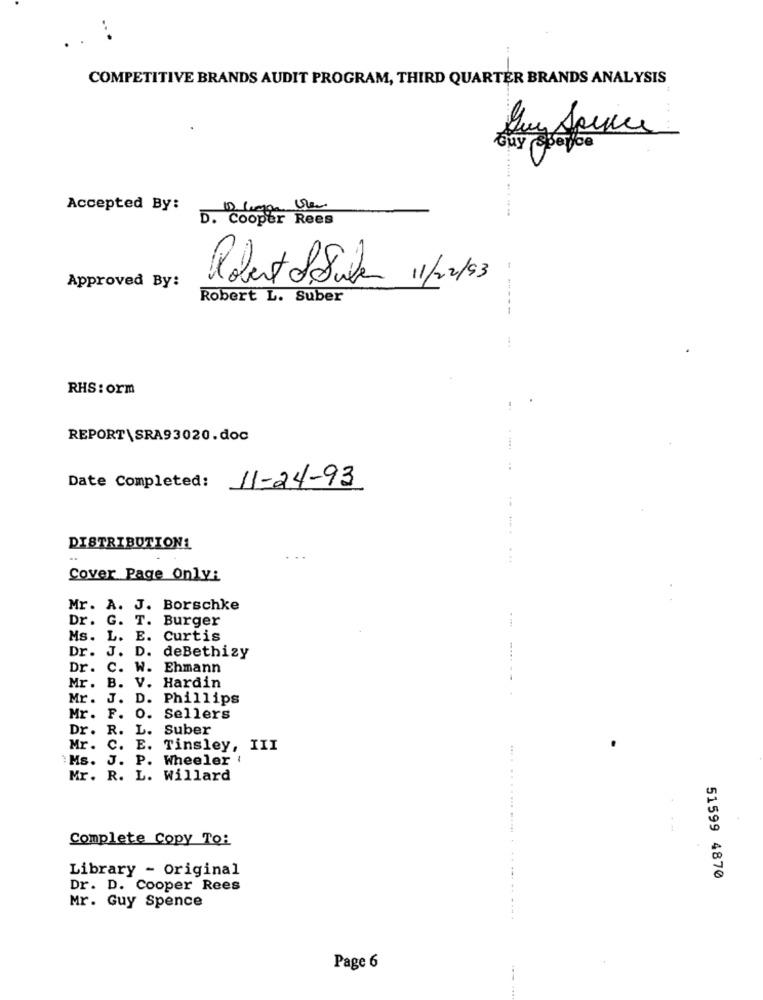
...
COMPETITIVE BRANDS AUDIT PROGRAM, THIRD QUARTER BRANDS ANALYSIS
.. ..
buy reperce
Accepted By:
D. Cooper Rees
Robert Se Stala 1/02/83
Approved By:
Robert L. Suber
----
!
RHS: orm
REPORT\SRA93020.doc
Date Completed:
11-24-93
DISTRIBUTIONS
...
Cover Page Only:
Mr. A. J. Borschke
Dr. G.
T.
Burger
. ...
Ms. L.
E.
Curtis
Dr. J. D.
deBethizy
Dr.
c.
W. Ehmann
Mr.
B.
v.
Hardin
Mr.
J.
D. Phillips
Mr.
F.
0.
Sellers
Dr. R.
L.
Suber
Mr. C.
E. Tinsley, III
:Ms. J. P.
Wheeler
Mr. R. L. Willard
Complete Copy To:
Library - Original
51599 4870
Dr. D. Cooper Rees
Mr. Guy Spence
Page 6